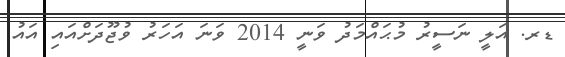
ޑރ. އަލީ ނަސީރު މުޙައްމަދު ވަނީ 2014 ވަނަ އަހަރު ވުޖޫދަށްއައި އައު